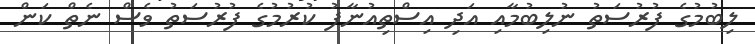
ލިބުމުގެ ފުރުސަތު ނުލިބުމާއި އަދި އިސްތިއުނާފު ކުރުމުގެ ފުރުސަތު ވެސް ނެތް ކަން